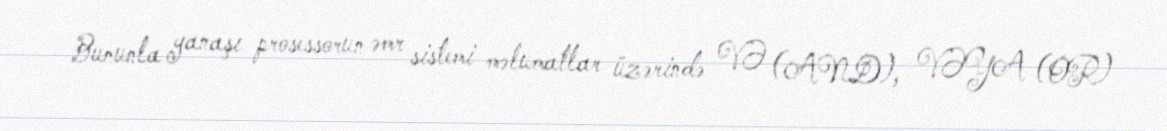
Bununla yanaşı prosessorun əmr sistemi məlumatlar üzərində VƏ (AND), VƏYA (OR)